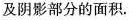
及阴影部分的面积.